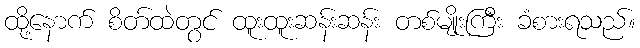
ထို့နောက် စိတ်ထဲတွင် ထူးထူးဆန်းဆန်း တစ်မျိုးကြီး ခံစားရသည်။